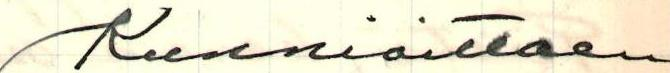
Kunnioittaen